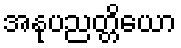
အနုပညတ္တိယော